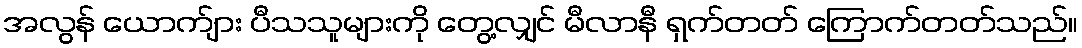
အလွန် ယောက်ျား ပီသသူများကို တွေ့လျှင် မီလာနီ ရှက်တတ် ကြောက်တတ်သည်။